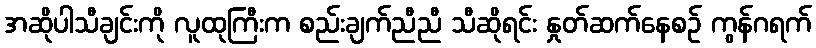
အဆိုပါသီချင်းကို လူထုကြီးက စည်းချက်ညီညီ သီဆိုရင်း နှုတ်ဆက်နေစဉ် ကွန်ဂရက်